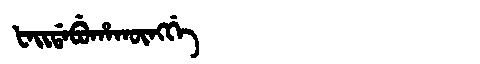
Manchu: ᡶᠠᡳᡩᠠᠪᡠᡥᠠᡴᡡᠩᡤᡝ
Romanization: FAIDABUHAKŪNGGE